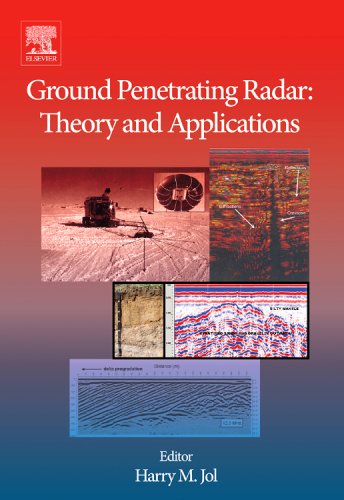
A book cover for Ground Penetrating Radar Theory and Applications; Science & Math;